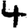
Digit: 4